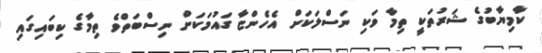
ކާމިޔާބުގެ ޝަރުތަކީ ތިމާ ވަކި ނަސްލަކަށް އެހެންޏާ ގައުމަކަށް ނިސްބަތްވެ ތިމާގެ ކިބައިގައި